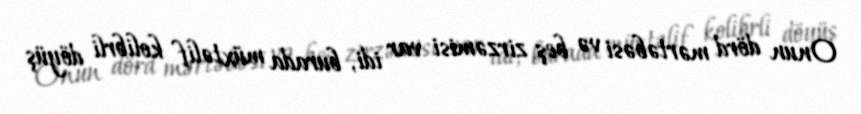
Onun dörd mərtəbəsi və beş zirzəmisi var idi, burada müxtəlif kolibrli döyüş